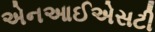
એનઆઈએસટી